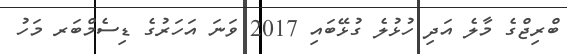
ބްރިޖްގެ މާލެ އަދި ހުޅުލެ ގުޅޭބައި 2017 ވަނަ އަހަރުގެ ޑިސެމްބަރ މަހު